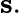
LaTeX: \mathbf{s}.